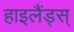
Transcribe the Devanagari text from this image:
हाइलैंड्स्